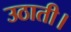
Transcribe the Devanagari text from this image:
उठाती।